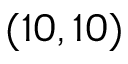
( 1 0 , 1 0 )